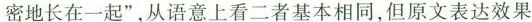
密地长在一起”，从语意上看二者基本相同，但原文表达效果